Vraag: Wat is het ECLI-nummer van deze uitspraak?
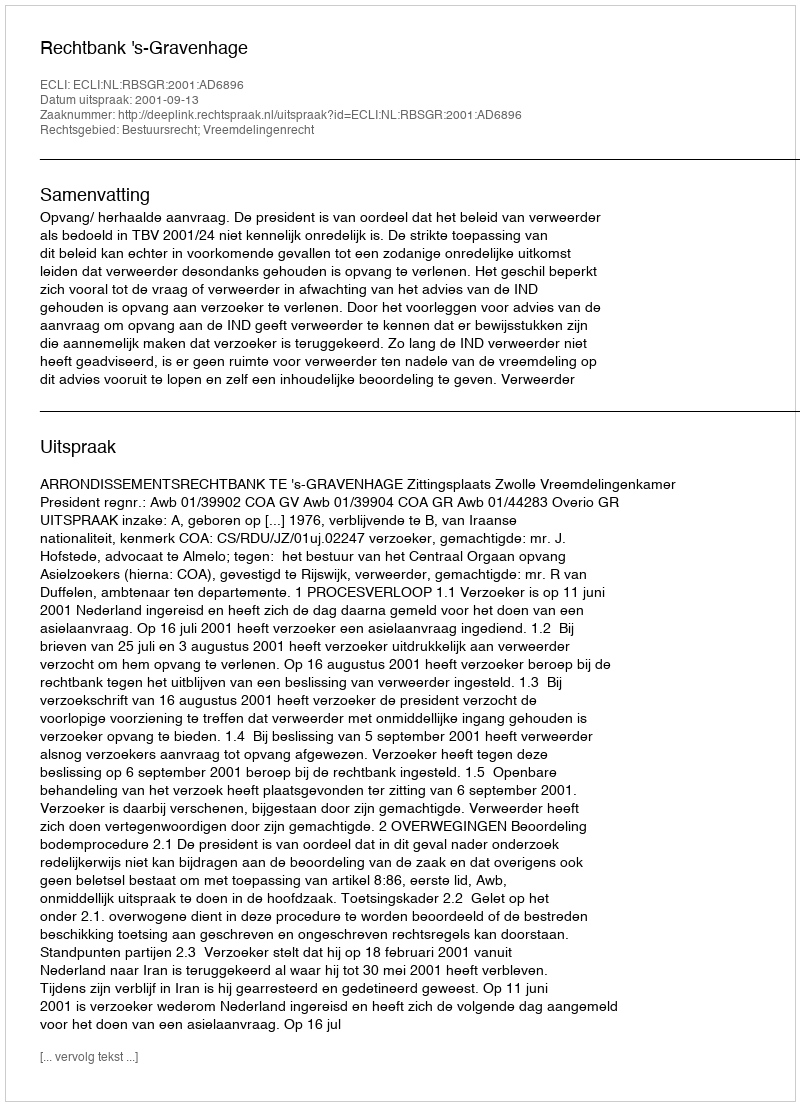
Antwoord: ECLI:NL:RBSGR:2001:AD6896